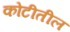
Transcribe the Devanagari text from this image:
कोटीतील